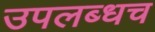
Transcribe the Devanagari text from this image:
उपलब्धच